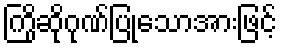
ကြိုဆိုဂုဏ်ပြုသောအားဖြင့်